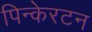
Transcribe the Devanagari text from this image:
पिन्केरटन